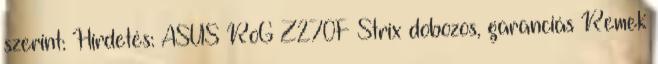
szerint: Hirdetés: ASUS RoG Z270F Strix dobozos, garanciás Remek